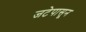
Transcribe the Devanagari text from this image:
जटेपासून